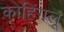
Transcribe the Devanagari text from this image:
कोहिंगलू